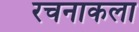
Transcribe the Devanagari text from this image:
रचनाकला